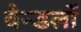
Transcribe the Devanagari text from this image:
वैन्डलों